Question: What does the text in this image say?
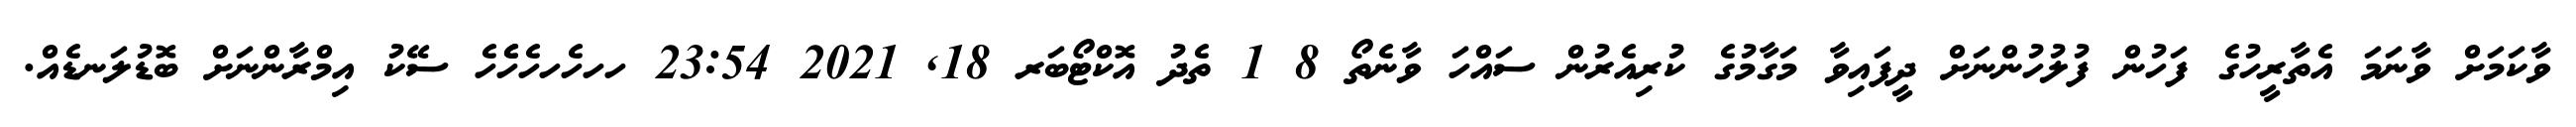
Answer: ވާކަމަށް ވާނަމަ އެތާރީހުގެ ފަހުން ފުލުހުންނަށް ދީފައިވާ މަގާމުގެ ކުރިއެރުން ސައްހަ ވާނެތޯ 8 1 ތެދު އޮކްޓޯބަރ 18, 2021 23:54 ހހހެހހެހެެހެ ސޭކު އިމްރާންނަށް ބޮޑުލަނޑެއް.